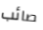
صائب